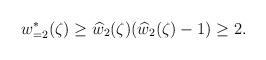
LaTeX: \begin{align*} w_{=2}^{\ast}(\zeta)\geq \widehat{w}_{2}(\zeta)(\widehat{w}_{2}(\zeta)-1)\geq 2.\end{align*}